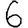
Digit: 6